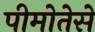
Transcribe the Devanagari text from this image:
पीमोतेसे